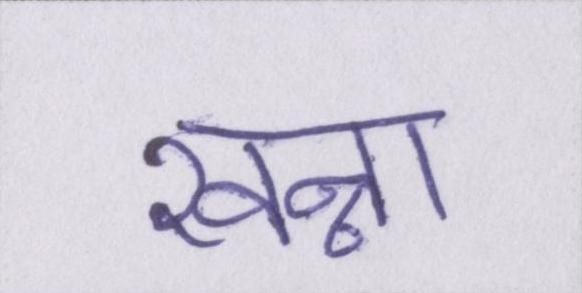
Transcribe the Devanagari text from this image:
खन्ना